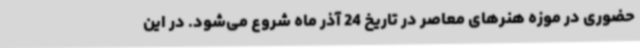
حضوری در موزه هنرهای معاصر در تاریخ 24 آذر ماه شروع می‌شود. در این